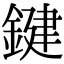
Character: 鍵